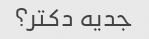
جدیه دکتر؟